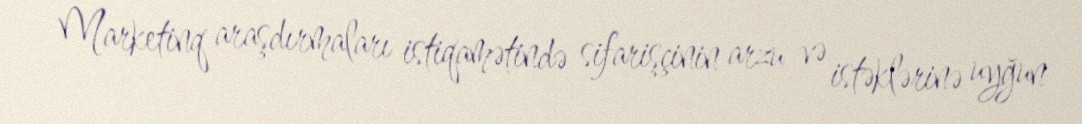
Marketinq araşdırmaları istiqamətində sifarişçinin arzu və istəklərinə uyğun